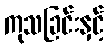
ကုသခြင်းနှင့်